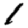
Digit: 1